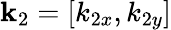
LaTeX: \mathbf{k}_{2}=[k_{2x},k_{2y}]